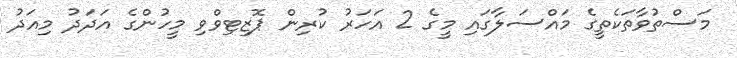
މަސްތުވާތަކެތީގެ މައްސަލާގައި މީގެ 2 އަހަރު ކުރިން ޕޮޒިޓިވްވި މީހުންގެ އަދަދު މިއަދު